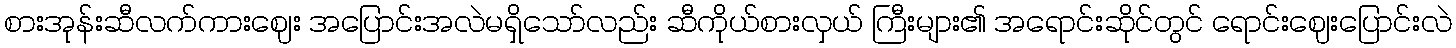
စားအုန်းဆီလက်ကားဈေး အပြောင်းအလဲမရှိသော်လည်း ဆီကိုယ်စားလှယ် ကြီးများ၏ အရောင်းဆိုင်တွင် ရောင်းဈေးပြောင်းလဲ